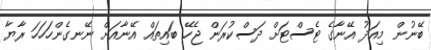
ބޭނުން މިއަދު އޭނާގެ ޓެސްޓަށްް ދަސްކުރަން ޖެހޭ ބައިތައް އޭނާއަށް ނޭނގެންހަހަހަ ރާޔާ